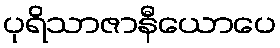
ပုရိသာဇာနီယောပေ